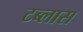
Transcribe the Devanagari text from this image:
टब्लास